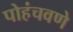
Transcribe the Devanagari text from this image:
पोहंचवणे